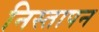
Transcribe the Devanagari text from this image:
निस्तापन